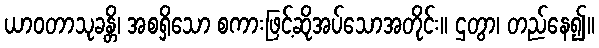
ယာဝတာသုခန္တိ၊ အစရှိသော စကားဖြင့်ဆိုအပ်သောအတိုင်း။ ဌတွာ၊ တည်နေ၍။